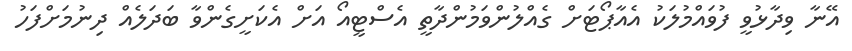
އޭނާ ވިދާޅުވީ ފުވައްމުލަކު އެއާޕޯޓަށް ގެއްލުންވަމުންދާތީ އެސްޓީއޯ އަށް އެކަށީގެންވާ ބަދަލެއް ދިނުމަށްފަހު